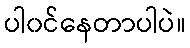
ပါ၀င်နေတာပါပဲ။